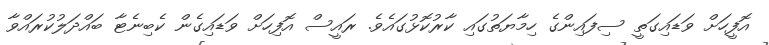
އޮފީހަށް ވަޑައިގަތީ ސިފައިންގެ ހިމާޔަތުގައި ކާރުކޮޅުގައެވެ. ރައީސް އޮފިހަށް ވަޑައިގެން ކެބިނެޓާ ބައްދަލުކުރައްވާ